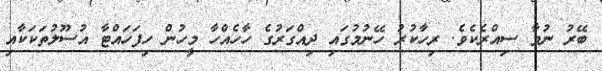
ބޭރު ނުވާ ސިއްރެކެވެ. ރިހާކުރު ހޭނުމުގައި ދިއްގަރުގެ ހާހެއްހާ މީހުން ހިފަހައްޓާ އުސޫލުތަކަކާއި